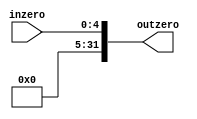
`timescale 1ns / 1ps
//////////////////////////////////////////////////////////////////////////////////
// Company: 
// Engineer: 
// 
// Design Name: 
// Module Name: ZeroExtention
// Project Name: 
// Target Devices: 
// Tool Versions: 
// Description: 
// 
// Dependencies: 
// 
// Revision:
// Revision 0.01 - File Created
// Additional Comments:
// 
//////////////////////////////////////////////////////////////////////////////////


module ZeroExtention (
    inzero,
    outzero
);
  /* A 5-Bit input word */
  input [4:0] inzero;

  /* A 32-Bit output word */
  output reg [31:0] outzero;

  integer i;

  always @(inzero) begin
    for (i = 0; i < 32; i = i + 1) begin
      if (i < 5) begin
        outzero[i] <= inzero[i];
      end else begin
        outzero[i] <= 0;
      end
    end
  end
endmodule